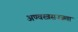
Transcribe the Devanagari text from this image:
अण्वस्त्रसज्जता